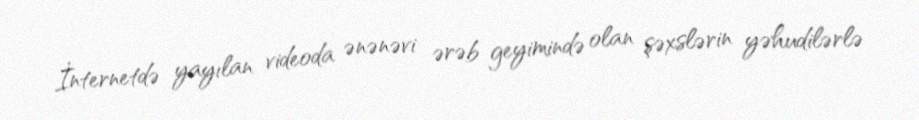
İnternetdə yayılan videoda ənənəvi ərəb geyimində olan şəxslərin yəhudilərlə